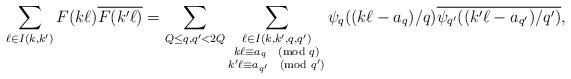
LaTeX: \begin{align*} \sum_{\ell \in I(k,k')} F(k\ell) \overline{F(k'\ell)} = \sum_{Q \leq q,q' < 2Q} \sum_{\substack{\ell \in I(k,k',q,q') \\ k\ell \equiv a_q\pmod{q} \\ k'\ell \equiv a_{q'} \pmod{q'}}} \psi_q((k\ell-a_q)/q) \overline{\psi_{q'}((k'\ell - a_{q'})/q')}, \end{align*}